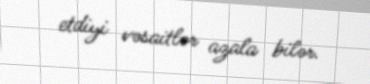
etdiyi vəsaitlər azala bilər.